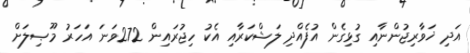
އަދި ޚަވާރިޖުންނާއި ގުޅިގެން އުފެއްދި ލަޝްކަރާއި އެކު ހިޖުރައިން 272ވަނަ އަހަރު މޫޞިލަށް